Calcutta medical institutions reports 1879-81 [i.e.91]
Year: 1879
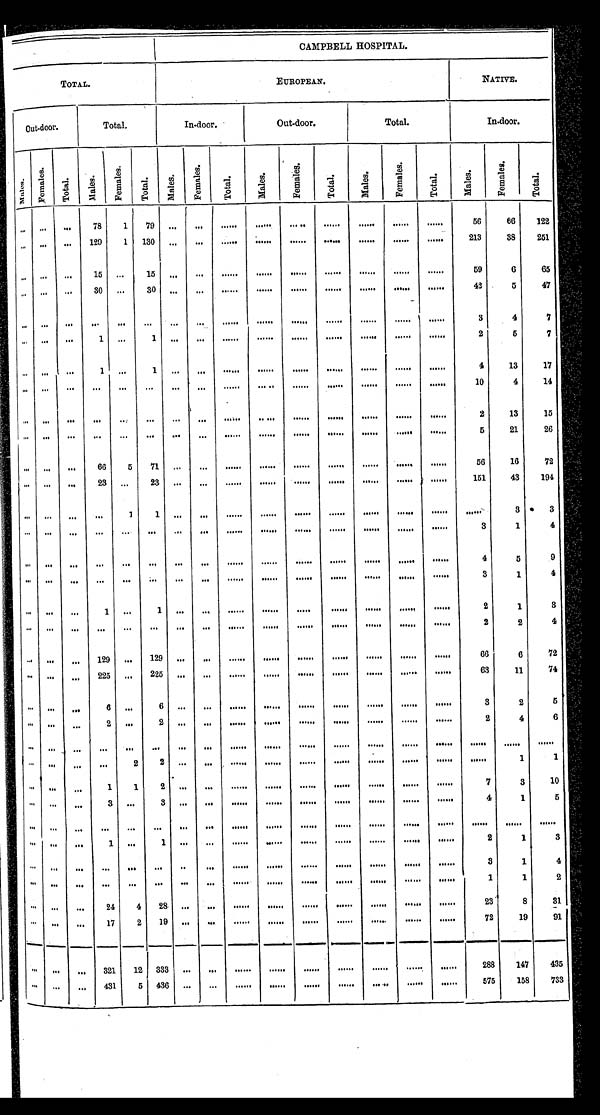
C A M P B E L L H O S P I T A L .
T O T A L .
E U R O P E A N .
N A T I V E .
O u t - d o o r
T o t a l .
I n - d o o r .
O u t - d o o r .
T o t a l .
In-door.
M a l e s .
F e m a l e s .
T o t a l .
M a l e s .
F e m a l e s .
T o t a l .
M a l e s .
F e m a l e s .
T o t a l .
M a l e s .
F e m a l e s .
T o t a l .
M a l e s .
F e m a l e s .
T o t a l .
M a l e s .
F e m a l e s .
T o t a l .
. . .
. . .
. . .
7 8
1
7 9 . . .
. . .
. . .
. . .
. . .
. . .
. . .
. . .
. . .
5 6
6 6
1 2 2
. . .
. . .
. . .
1 2 9
1
1 3 0 . . .
. . .
. . .
. . .
. . .
. . .
. . .
. . .
. . .
2 1 3
3 8
2 5 1
. . .
. . .
. . .
1 5 . . .
1 5
. . .
. . .
. . .
. . .
. . .
. . .
. . .
. . .
. . .
5 9
6
6 5
. . .
. . .
. . .
3 0 . . .
3 0
. . .
. . .
. . .
. . .
. . .
. . .
. . .
. . .
. . .
4 2
5
4 7
. . .
. . .
. . .
. . .
. . .
. . . . . .
. . .
. . .
. . .
. . .
. . .
. . .
. . .
. . .
3
4
7
. . .
. . .
. . .
1 . . .
1
. . .
. . .
. . .
. . .
. . .
. . .
. . .
. . .
. . .
2
5
7
. . .
. . .
. . .
1 . . .
1
. . .
. . .
. . .
. . .
. . .
. . .
. . .
. . .
. . .
4
1 3
1 7
. . .
. . .
. . .
. . .
. . .
. . .
. . .
. . .
. . .
. . .
. . .
. . .
. . .
. . .
. . .
1 0
4
1 4
. . . . . .
. . .
. . .
. . .
. . .
. . .
. . .
. . .
. . .
. . .
. . .
. . .
. . .
. . .
2
1 3
1 5
. . . . . .
. . .
. . .
. . .
. . .
. . .
. . .
. . .
. . .
. . .
. . .
. . .
. . .
. . .
5
2 1
2 6
. . . . . . . . .
6 6
5
7 1
. . .
. . .
. . .
. . .
. . .
. . .
. . .
. . .
. . .
5 6
1 6
7 2
. . . . . . . . .
2 3
. . .
2 3
. . .
. . .
. . .
. . .
. . .
. . .
. . .
. . .
. . .
1 5 1
4 3
1 9 4
. . .
. . .
. . .
. . .
1
1
. . .
. . .
. . .
. . .
. . .
. . .
. . .
. . . . . .
. . .
3
3
. . .
. . .
. . .
. . .
. . .
. . .
. . .
. . .
. . .
. . .
. . .
. . .
. . .
. . . . . .
3
1
4
. . .
. . .
. . .
. . .
. . .
. . .
. . .
. . .
. . .
. . .
. . .
. . .
. . .
. . . . . .
4
5
9
. . .
. . .
. . .
. . .
. . .
. . .
. . .
. . .
. . .
. . .
. . .
. . .
. . .
. . . . . .
3
1
4
. . . . . .
. . .
1
. . .
1
. . .
. . .
. . .
. . .
. . .
. . .
. . .
. . . . . .
2
1
3
. . .
. . .
. . .
. . .
. . .
. . .
. . .
. . .
. . .
. . .
. . .
. . .
. . .
. . . . . .
2
2
4
. . .
. . .
. . .
1 2 9
. . .
1 2 9
. . .
. . .
. . .
. . .
. . .
. . .
. . .
. . . . . .
6 6
6
7 2
. . .
. . .
. . .
2 2 5
. . .
2 2 5
. . .
. . .
. . .
. . .
. . .
. . .
. . .
. . . . . .
6 3
1 1
7 4
. . . . . .
. . .
6 . . .
6
. . .
. . .
. . .
. . .
. . .
. . .
. . .
. . . . . .
3
2
5
. . . . . .
. . .
2 . . .
2
. . .
. . .
. . .
. . .
. . .
. . .
. . .
. . . . . .
2
4
6
. . .
. . .
. . .
. . . . . .
. . .
. . .
. . .
. . .
. . .
. . .
. . .
. . .
. . . . . .
. . .
. . .
. . .
. . .
. . .
. . .
. . . 2
2
. . .
. . .
. . .
. . .
. . .
. . .
. . .
. . . . . .
. . .
1
1
. . .
. . .
. . .
1 1
2
. . .
. . .
. . .
. . .
. . .
. . .
. . .
. . . . . .
7
3
1 0
. . .
. . .
. . .
3
. . . 3
. . .
. . .
. . .
. . .
. . .
. . .
. . .
. . . . . .
4
1
5
. . .
. . .
. . .
. . .
. . .
. . .
. . .
. . .
. . .
. . .
. . .
. . .
. . .
. . .
. . .
. . .
. . . . . .
. . .
. . .
. . .
1
. . .
1
. . .
. . .
. . .
. . .
. . .
. . .
. . .
. . .
. . .
2
1
3
. . .
. . .
. . .
. . .
. . .
. . .
. . .
. . .
. . .
. . .
. . .
. . .
. . .
. . .
. . .
3
1
4
. . .
. . .
. . .
. . .
. . .
. . .
. . .
. . .
. . .
. . .
. . .
. . .
. . .
. . .
. . .
1
1
2
. . .
. . .
. . .
2 4 4
2 8
. . .
. . .
. . .
. . .
. . .
. . .
. . .
. . .
. . .
2 3
8
3 1
. . .
. . .
. . .
1 7
2
1 9
. . .
. . .
. . .
. . .
. . .
. . .
. . .
. . .
. . .
7 2
1 9
9 1
. . .
. . .
. . .
3 2 1 1 2
3 3 3
. . .
. . .
. . .
. . .
. . .
. . .
. . .
. . .
. . .
2 8 8
1 4 7
4 3 5
. . .
. . .
. . .
4 3 1 5
4 3 6
. . .
. . .
. . .
. . .
. . .
. . .
. . .
. . .
. . .
5 7 5
1 5 8
7 3 3